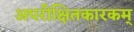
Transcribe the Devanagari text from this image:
अपरीक्षितकारकम्